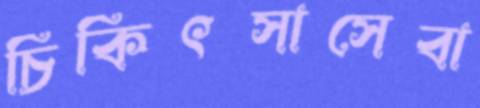
চিকিৎসাসেবা